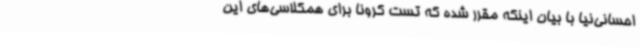
احسانی‌نیا با بیان اینکه مقرر شده که تست کرونا برای همکلاسی‌های این